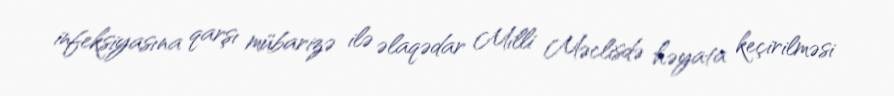
infeksiyasına qarşı mübarizə ilə əlaqədar Milli Məclisdə həyata keçirilməsi